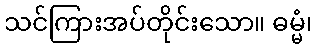
သင်ကြားအပ်တိုင်းသော။ ဓမ္မံ၊